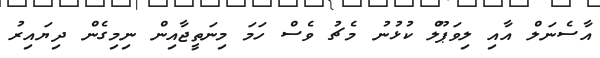
އާސެނަލް އާއި ލިވަޕޫލް ކުޅުނު މެޗު ވެސް ހަމަ މިނަތީޖާއިން ނިމިގެން ދިޔައިރު